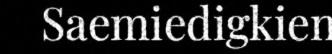
Saemiedigkien